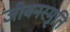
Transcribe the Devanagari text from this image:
जीबनस्मृति